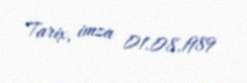
Tarix, imza 01.08.1989